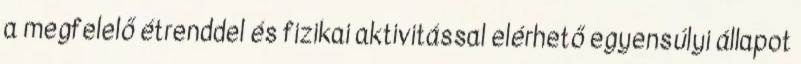
a megfelelő étrenddel és fizikai aktivitással elérhető egyensúlyi állapot